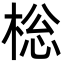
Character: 棇